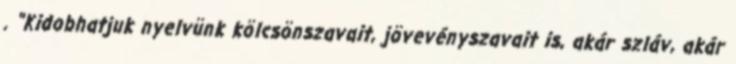
. "Kidobhatjuk nyelvünk kölcsönszavait, jövevényszavait is, akár szláv, akár